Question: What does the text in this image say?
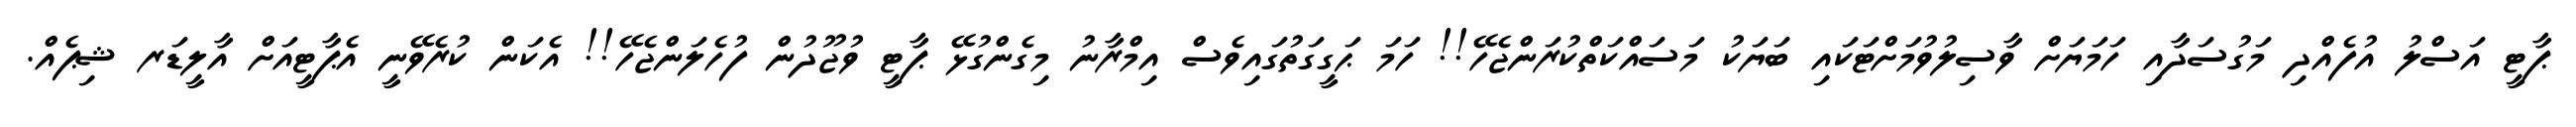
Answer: ޕާޓީ އަސްލު އުފެއްދި މަގުސަދާއި ހަމަޔަށް ވާސިލުވުމަށްޓަކައި ބަޔަކު މަސައްކަތްކުރަންޖެހޭ!! ހަމަ ޙަގީގަތުގައިވެސް އިމްރާނު މިގެންގުޅޭ ޕާޓީ ވުޖޫދުން ފުހެލަންޖެހޭ!! އެކަން ކުރެވޭނީ އެޕާޓީއަށް އާލީޑަރ ޝިޕެއް.